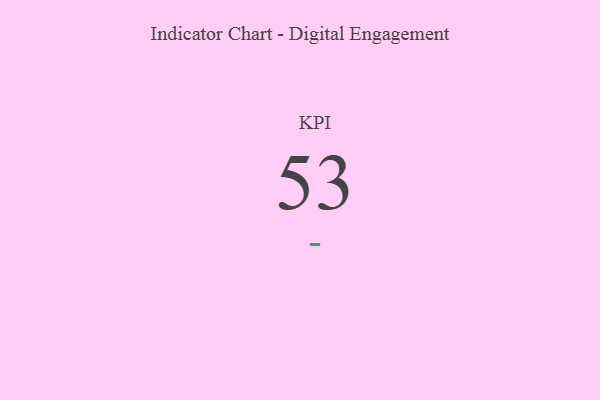
{"axis": {"x": "KPI", "y": "Value"}, "legend": [""], "data": [{"x": "KPI", "y": 53, "type": ""}]}